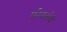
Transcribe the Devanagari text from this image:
फीचर्सची